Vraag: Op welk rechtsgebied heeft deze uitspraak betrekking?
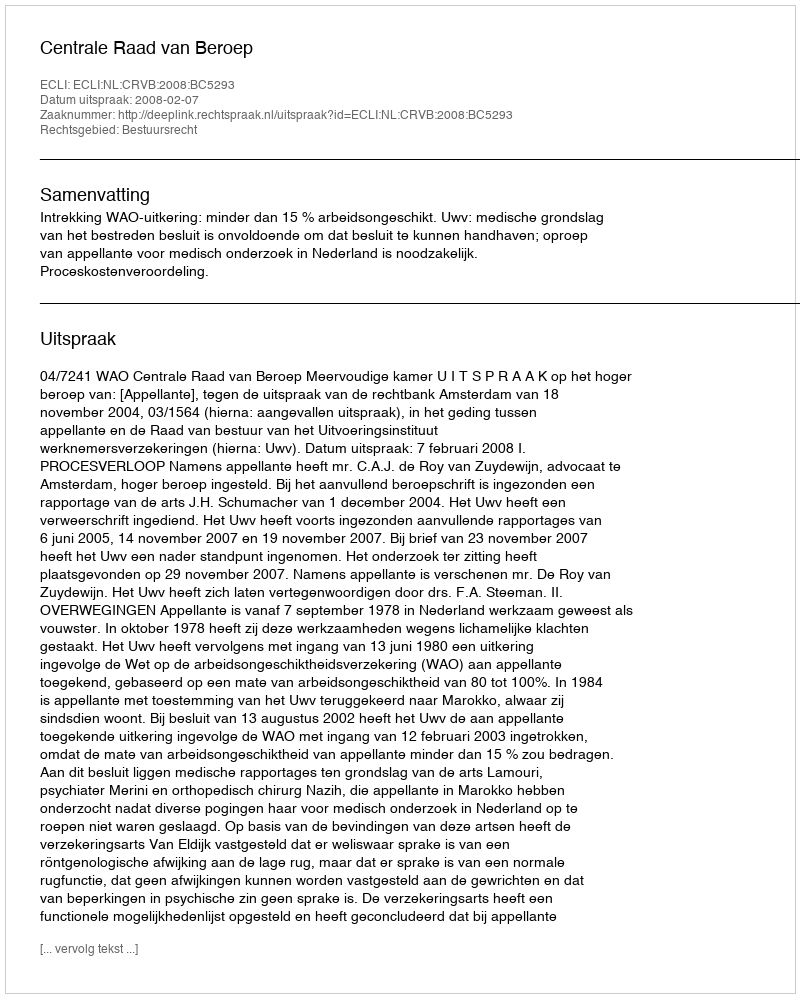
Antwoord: Bestuursrecht